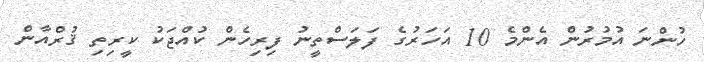
ހުންނަ އުމުރުން އެންމެ 10 އަަހަރުގެ ފަލަސްތީނު ފިރިހެން ކުއްޖަކު ކީރިތި ޤުރްއާން